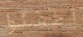
أطفئوا